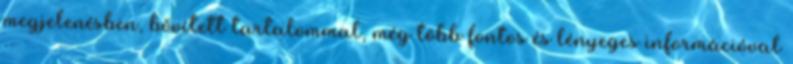
megjelenésben, bővített tartalommal, még több fontos és lényeges információval